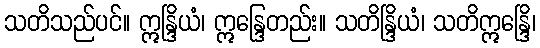
သတိသည်ပင်။ ဣန္ဒြိယံ၊ ဣန္ဒြေတည်း။ သတိန္ဒြိယံ၊ သတိဣန္ဒြေိ၊